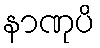
နာဏုပိ